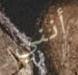
أنني